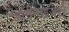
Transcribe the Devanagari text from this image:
ऑर्गनाइज़रों